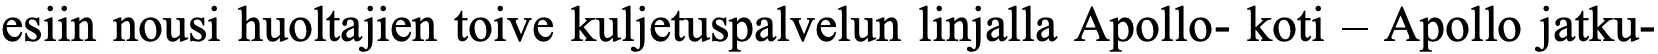
esiin nousi huoltajien toive kuljetuspalvelun linjalla Apollo- koti – Apollo jatku-